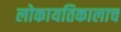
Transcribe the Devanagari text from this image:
लोकायतिकालाच